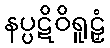
နပ္ပဋိဝိရူဠှံ